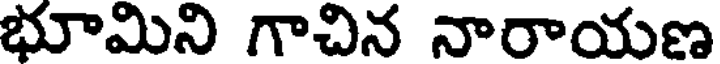
భూమిని గాచిన నారాయణ